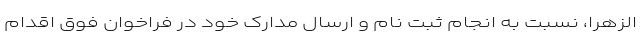
الزهرا، نسبت به انجام ثبت نام و ارسال مدارک خود در فراخوان فوق اقدام